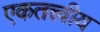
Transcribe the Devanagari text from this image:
एकतत्त्वीय